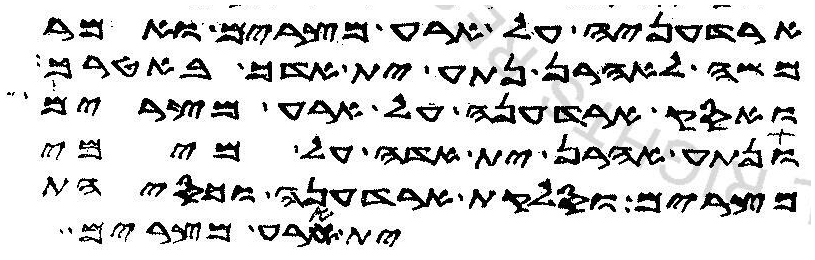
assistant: ארדעניה על ארע מצרים ואמר
משה לאהרן נתע ית אדך באטרך
ואסק ארדעניה על ארע מצרים
ונתע אהרן ית אדה על מימי
מצרים וסלקת ארדעניה וכסיהת
ית ארע מצרים